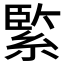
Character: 𦂳